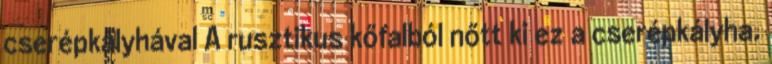
cserépkályhával A rusztikus kőfalból nőtt ki ez a cserépkályha.